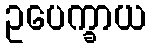
ဥပေက္ခာယ